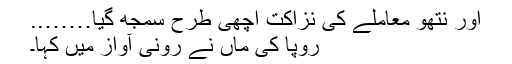
اور نتھو معاملے کی نزاکت اچھی طرح سمجھ گیا……..
رُوپا کی ماں نے رونی آواز میں کہا۔